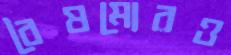
বৈষম্যেরও